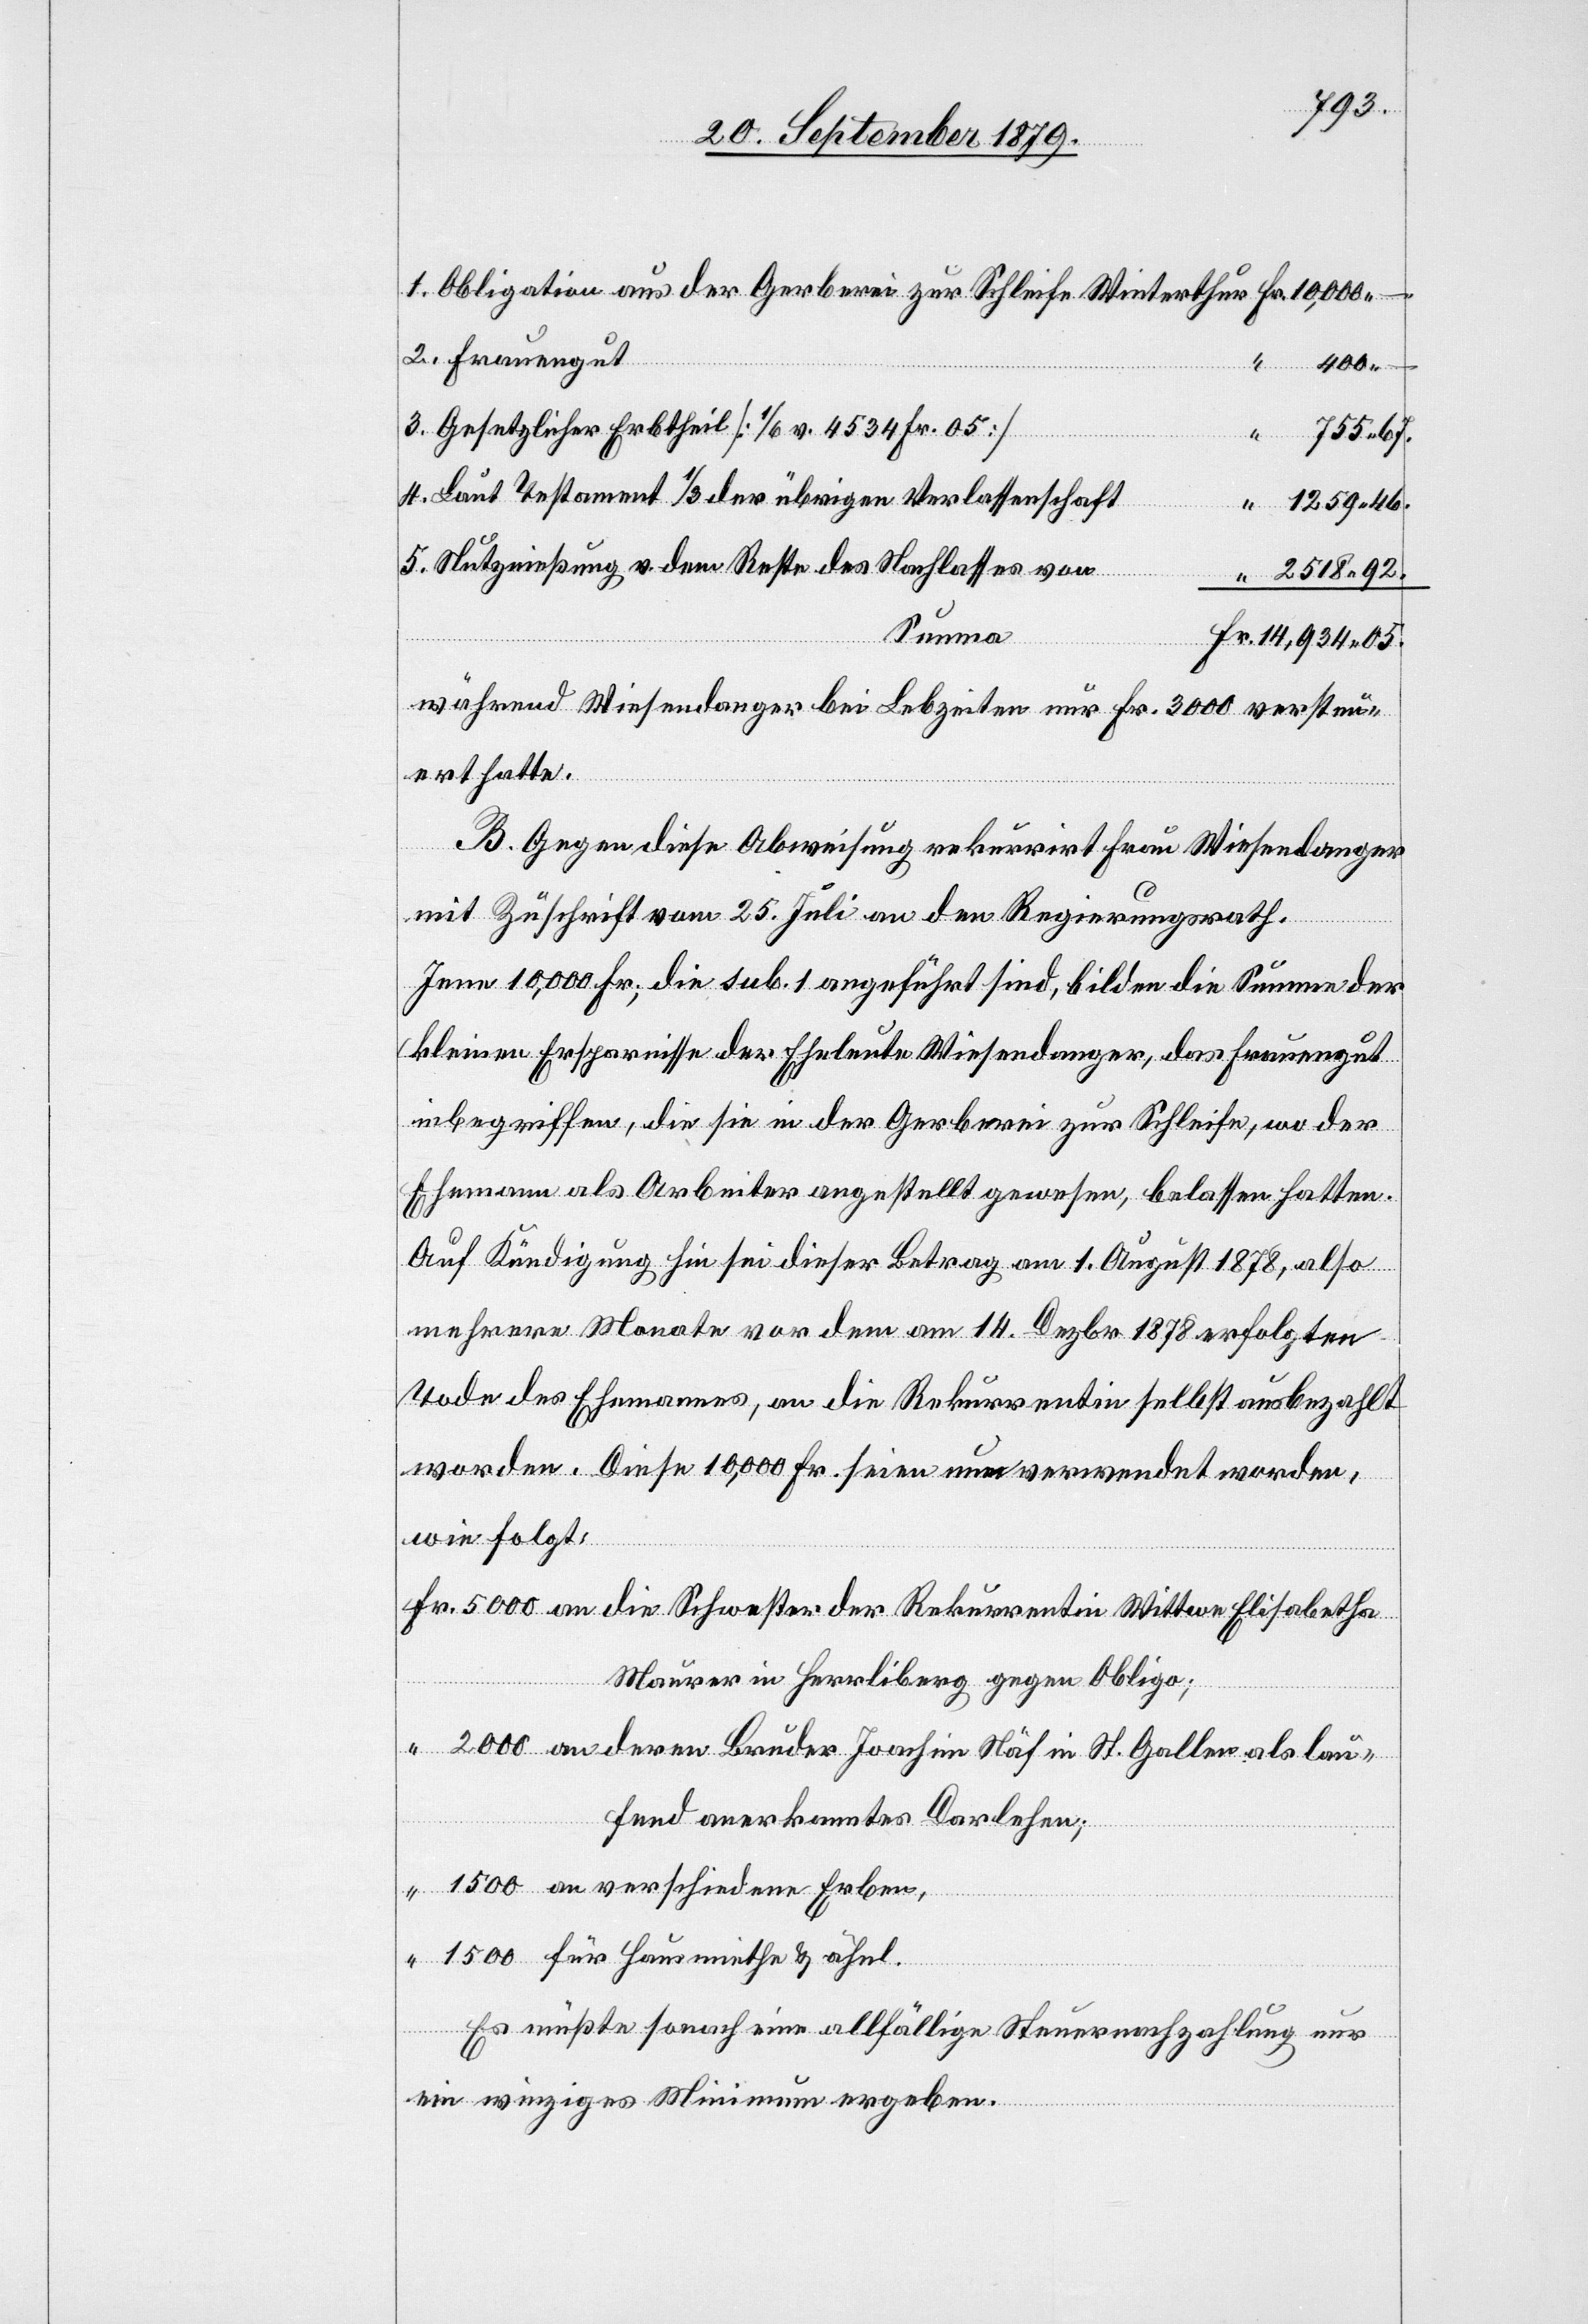
1. Obligation aus der Gerberei zur Schleife Winterthur
2. Frauengut
Fr.
400.–
3. Gesetzlicher Erbtheil [1/6 v. 4534 Fr. 05]
“
755 67.
4. Laut Testament 1/3 der übrigen Verlassenschaft
1259 46.
5. Nutznießung v. dem Reste des Nachlasses von
2518 92.
Summa
14,934 05.
während Wiesendanger bei Lebzeiten nur Fr. 3000 versteu¬
ert hatte.
B. Gegen diese Abweisung rekurrirt Frau Wiesendanger
mit Zuschrift vom 25. Juli an den Regierungsrath.
Jene 10,000 Fr., die sub. 1 angeführt sind, bilden die Summe der
kleinen Ersparnisse der Eheleute Wiesendanger, das Frauengut
inbegriffen, die sie in der Gerberei zur Schleife, wo der
Ehemann als Arbeiter angestellt gewesen, belassen hatten.
Auf Kündigung hin sei dieser Betrag am 1. August 1878, also
mehrere Monate vor dem am 14. Dezbr. 1878 erfolgten
Tode des Ehemannes, an die Rekurrentin selbst ausbezahlt
wie folgt:
5000 an die Schwester der Rekurrentin Witte Elisabetha
Maurer in Herrliberg gegen Obligo;
2000 an deren Bruder Joachim Näf in St. Gallen als lau¬
fend anerkanntes Darlehen
1500 an verschiedene Erben,
1500 für Hausmiethe & ähnl.
Es müßte sonach eine allfällige Steuernachzahlung nur
ein winziges Minimum ergeben.